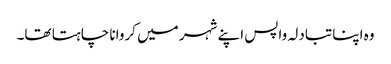
وہ اپنا تبادلہ واپس اپنے شہر میں کروانا چاہتا تھا۔